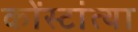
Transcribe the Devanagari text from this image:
कोंस्टांत्या